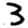
Digit: 3